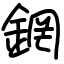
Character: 龬